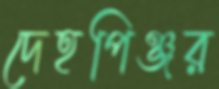
দেহপিঞ্জর